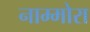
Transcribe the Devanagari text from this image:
नाम्मोरा